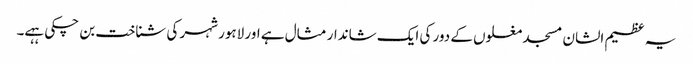
یہ عظیم الشان مسجد مغلوں کے دور کی ایک شاندار مثال ہے اور لاہور شہر کی شناخت بن چکی ہہے۔